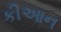
કીઆન